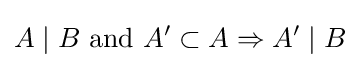
A\mid B{\hbox{ and }}A'\subset A\Rightarrow A'\mid B